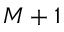
M + 1